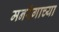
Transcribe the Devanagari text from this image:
मनरेगाच्या